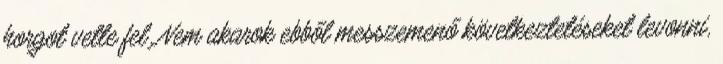
horgot vette fel. Nem akarok ebből messzemenő következtetéseket levonni,